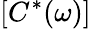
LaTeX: \left[C^{*}(\omega)\right]